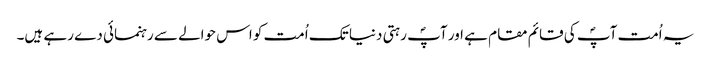
یہ اُمت آپؐ کی قائم مقام ہے اور آپؐ رہتی دنیا تک اُمت کو اس حوالے سے رہنمائی دے رہے ہیں۔